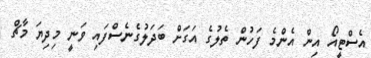
އެސްޓީއޯ އިން އެންމެ ފަހުން ތެލުގެ އަގަށް ބަދަލުގެނެސްފައި ވަނީ މިދިޔަ މާޗް